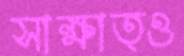
সাক্ষাত্ও